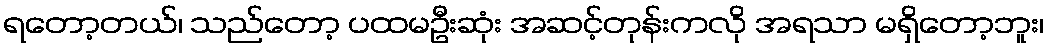
ရတော့တယ်၊ သည်တော့ ပထမဦးဆုံး အဆင့်တုန်းကလို အရသာ မရှိတော့ဘူး၊